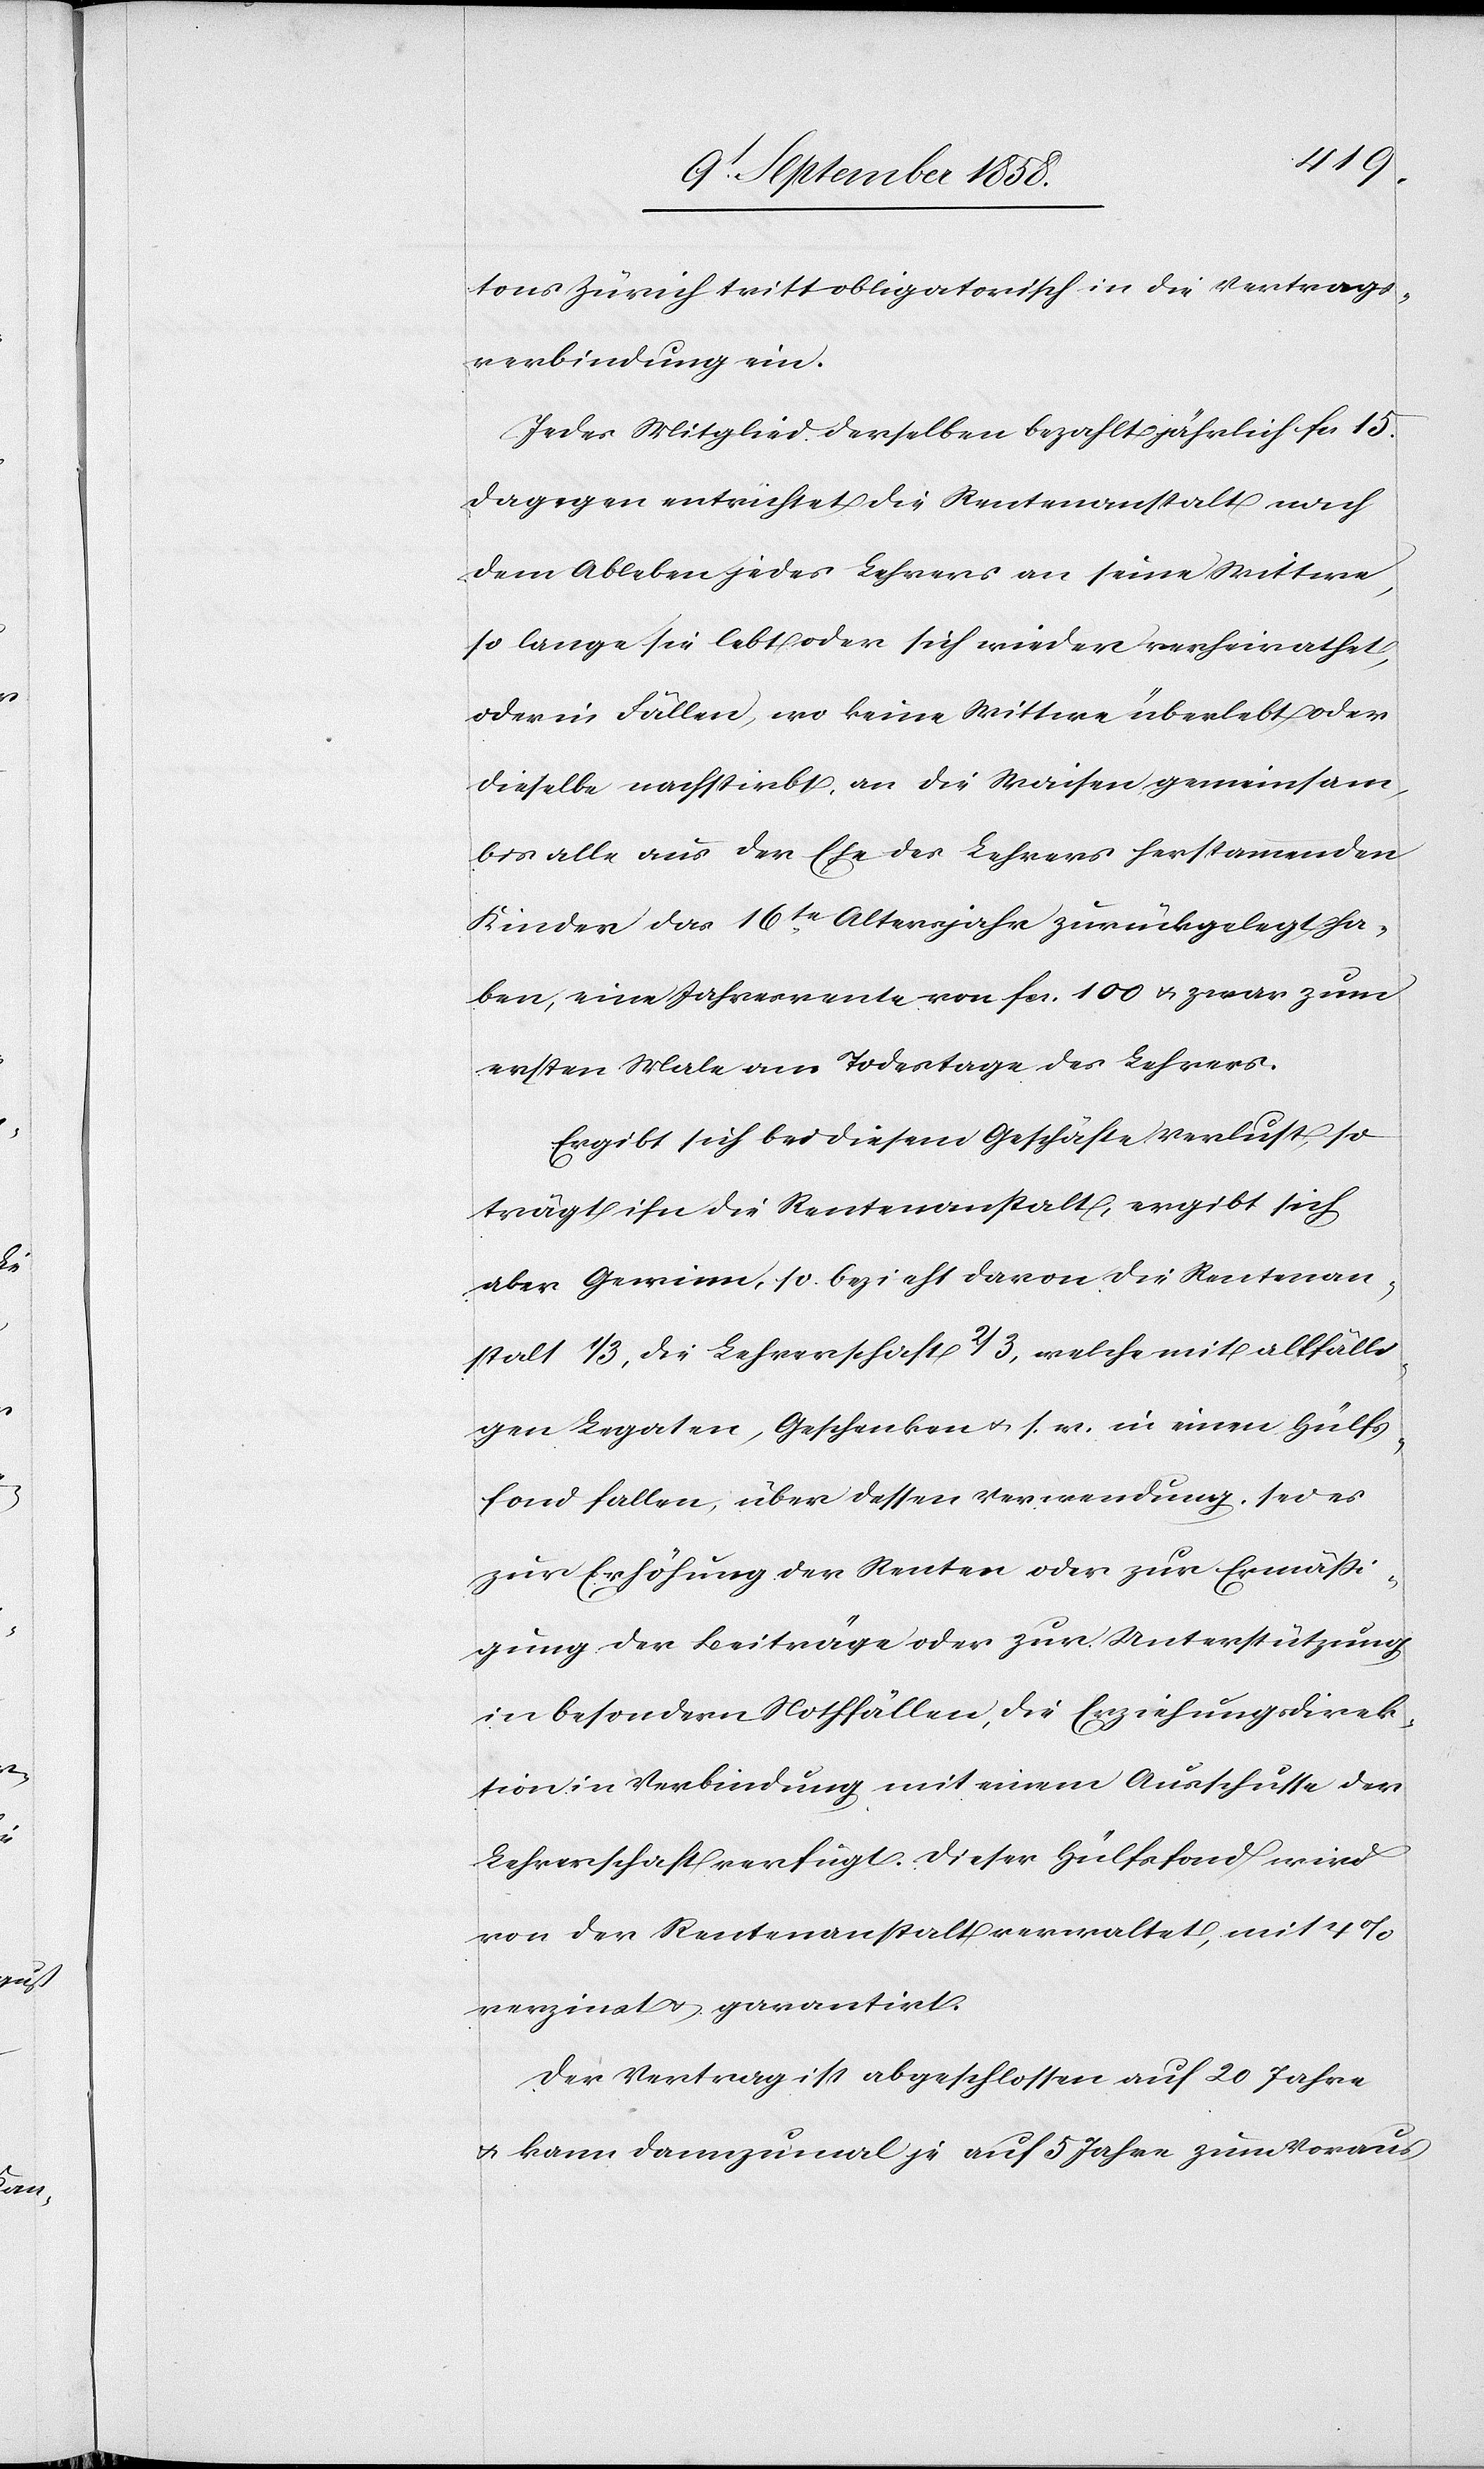
tons Zürich tritt obligatorisch in die Vertrags¬
verbindung ein.
Jedes Mitglied derselben bezahlt jährlich fcs. 15.
Dagegen entrichtet die Rentenanstalt nach
dem Ableben jedes Lehrers an seine Wittwe,
so lange sie lebt oder sich wieder verheirathet,
oder in Fällen, wo keine Wittwe überlebt oder
dieselbe nachstirbt, an die Waisen gemeinsam,
bis alle aus der Ehe des Lehrers herstammenden
Kinder das 16te Altersjahr zurückgelegt ha¬
ben, eine Jahresrente von fcs. 100 & zwar zum
ersten Male am Todestage des Lehrers.
Ergibt sich bei diesem Geschäfte Verlust, so
trägt ihn die Rentenanstalt, ergibt sich
aber Gewinn, so bezieht davon die Rentenan¬
stalt 1/3, die Lehrerschaft 2/3, welche mit allfälli¬
gen Legaten, Geschenken & s. w. in einen Hülfs¬
fond fallen, über dessen Verwendung, sei es
zur Erhöhung der Renten oder zur Ermäßi¬
gung der Beiträge oder zur Unterstützung
in besondern Nothfällen, die Erziehungsdirek¬
tion in Verbindung mit einem Ausschusse der
Lehrerschaft verfügt. Dieser Hülfsfond wird
von der Rentenanstalt verwaltet, mit 4%
verzinst & garantirt.
Der Vertrag ist abgeschlossen auf 20 Jahre
& kann dannzumal je auf 5 Jahre zum Voraus